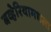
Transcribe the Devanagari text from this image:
बव्हेरियामधला